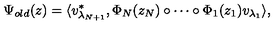
\Psi _ { o l d } ( z ) = \langle v _ { \lambda _ { N + 1 } } ^ { \ast } , \Phi _ { N } ( z _ { N } ) \circ \cdots \circ \Phi _ { 1 } ( z _ { 1 } ) v _ { \lambda _ { 1 } } \rangle ,